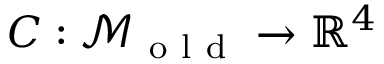
C : \mathcal { M } _ { \mathrm { ~ o ~ l ~ d ~ } } \to \mathbb { R } ^ { 4 }